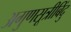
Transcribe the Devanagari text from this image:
अगुणसूत्रीबिंदु